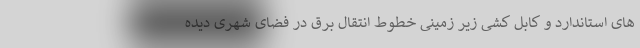
های استاندارد و کابل کشی زیر زمینی خطوط انتقال برق در فضای شهری دیده